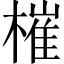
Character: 槯